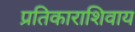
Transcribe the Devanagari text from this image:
प्रतिकाराशिवाय